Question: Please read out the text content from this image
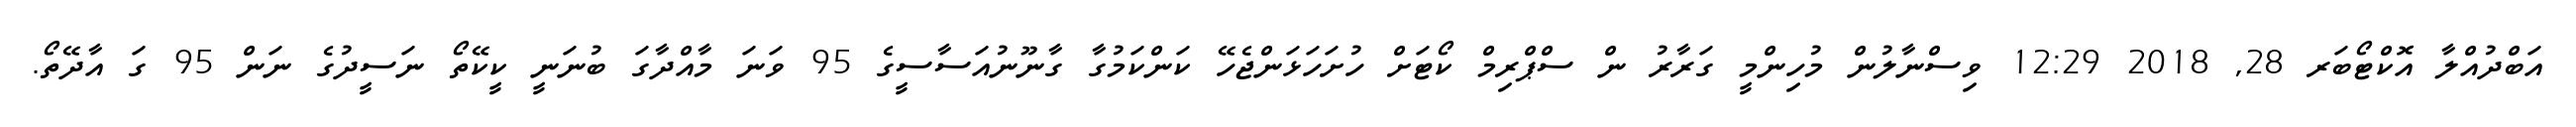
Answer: އަބްދުއްލާ އޮކްޓޯބަރ 28, 2018 12:29 ވިސްނާލުން މުހިންމީ ގަރާރު ން ސްޕްރިމް ކޯޓަށް ހުށަހަޅަންޖެހޭ ކަންކަމުގާ ގާނޫނުއަސާސީގެ 95 ވަނަ މާއްދާގަ ބުނަނީ ކީކޭތޯ ނަސީދުގެ ނަން 95 ގަ އާދޭތޯ.